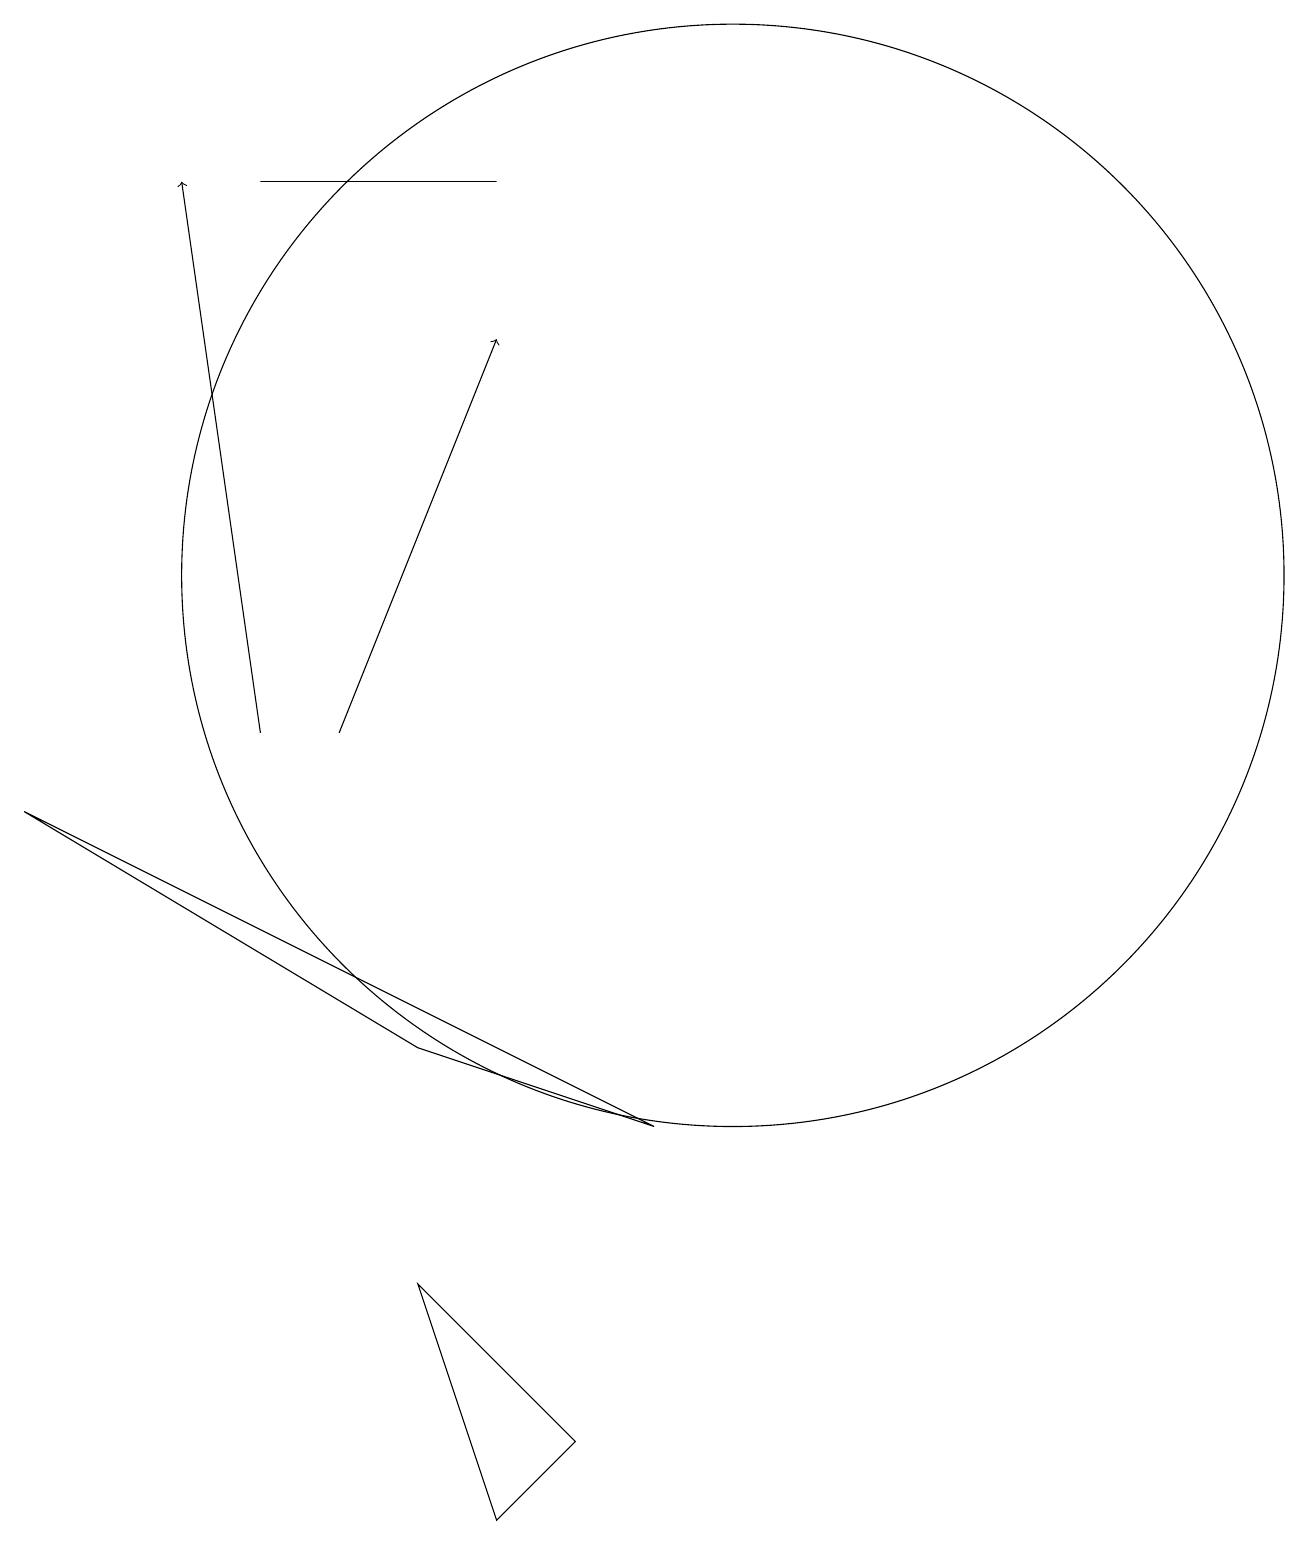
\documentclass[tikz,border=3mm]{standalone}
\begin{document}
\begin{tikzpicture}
\draw[->] (4,10) -- (3,17);
\draw (9,5) -- (1,9) -- (6,6) -- cycle;
\draw[->] (5,10) -- (7,15);
\draw (7,17) rectangle (4,17);
\draw (7,0) -- (8,1) -- (6,3) -- cycle;
\draw (10,12) circle (7);
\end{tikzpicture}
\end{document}